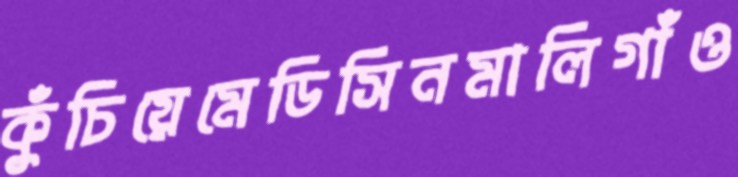
কুঁচিয়েমেডিসিনমালিগাঁও